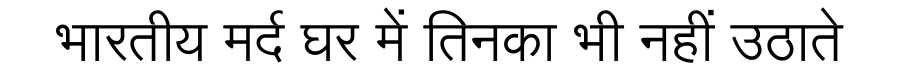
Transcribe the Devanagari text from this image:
भारतीय मर्द घर में तिनका भी नहीं उठाते